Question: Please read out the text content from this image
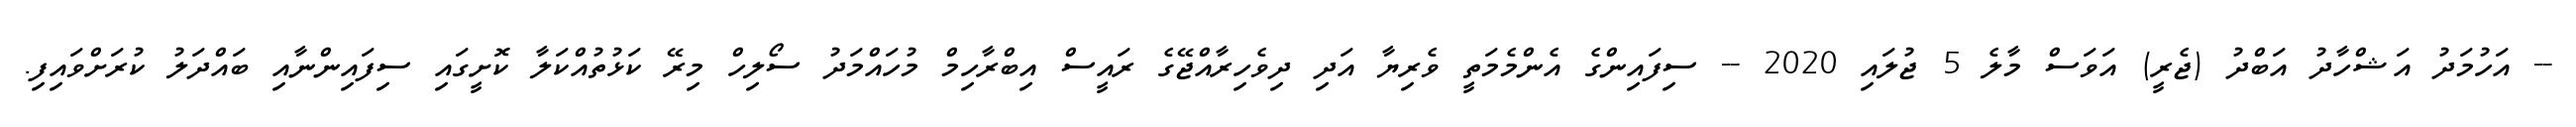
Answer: -- އަހުމަދު އަޝްހާދު އަބްދު (ޖެރީ) އަވަސް މާލެ 5 ޖުލައި 2020 -- ސިފައިންގެ އެންމެމަތީ ވެރިޔާ އަދި ދިވެހިރާއްޖޭގެ ރައީސް އިބްރާހިމް މުހައްމަދު ސޯލިހް މިރޭ ކަޅުތުއްކަލާ ކޮށީގައި ސިފައިންނާއި ބައްދަލު ކުރަށްވައިފި.